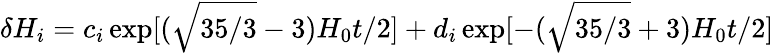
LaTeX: \delta H_{i}=c_{i}\exp[(\sqrt{35/3}-3)H_{0}t/2]+d_{i}\exp[-(\sqrt{35/3}+3)H_{0}t/2]